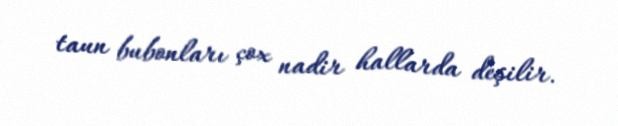
taun bubonları çox nadir hallarda deşilir.